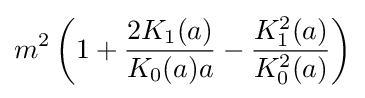
m^{2}\left(1+{\frac {2K_{1}(a)}{K_{0}(a)a}}-{\frac {K_{1}^{2}(a)}{K_{0}^{2}(a)}}\right)